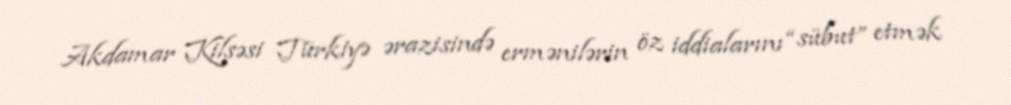
Akdamar Kilsəsi Türkiyə ərazisində ermənilərin öz iddialarını “sübut” etmək